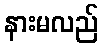
နားမလည်